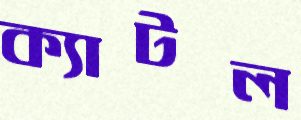
ক্যাটল